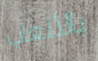
بالألعاب